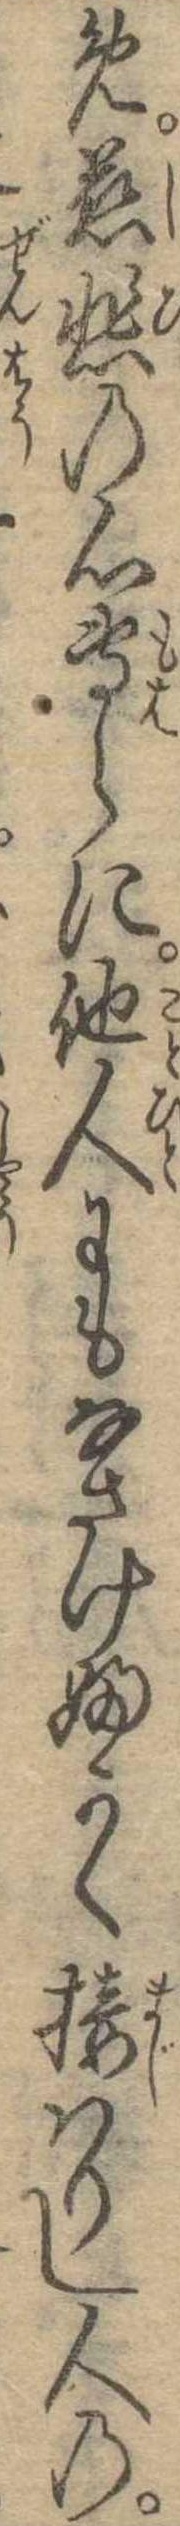
め慈悲の心専らに他人にもなさけふかく接はりし人の